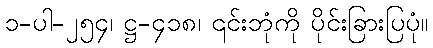
၁-ပါ-၂၅၄၊ ဋ္ဌ-၄၁၈၊ ၎င်းဘုံကို ပိုင်းခြားပြပုံ။